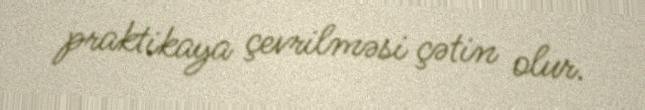
praktikaya çevrilməsi çətin olur.